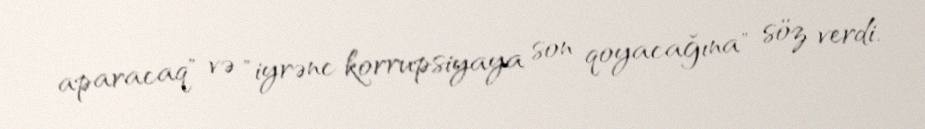
aparacaq" və "iyrənc korrupsiyaya son qoyacağına" söz verdi.